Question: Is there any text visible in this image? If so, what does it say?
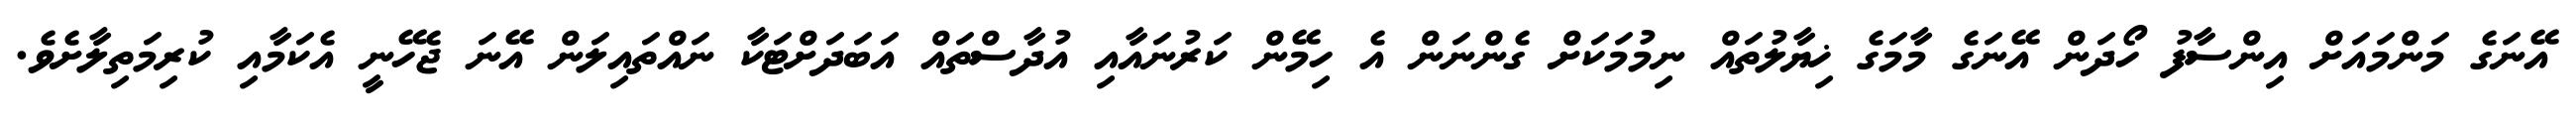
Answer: އޭނަގެ މަންމައަށް އިންސާފު ހޯދަން އޭނަގެ މާމަގެ ޚިޔާލުތައް ނިމުމަކަށް ގެންނަން އެ ހިމޭން ކަރުނައާއި އުދާސްތައް އަބަދަށްޓަކާ ނައްތައިލަން އޭނަ ޖެހޭނީ އެކަމާއި ކުރިމަތިލާށެވެ.